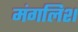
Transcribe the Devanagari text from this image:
मंगलिश